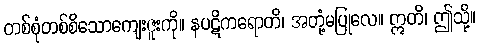
တစ်စုံတစ်စိသောကျေးဇူးကို။ နပဋိကရောတိ၊ အတုံ့မပြုလေ။ ဣတိ၊ ဤသို့။